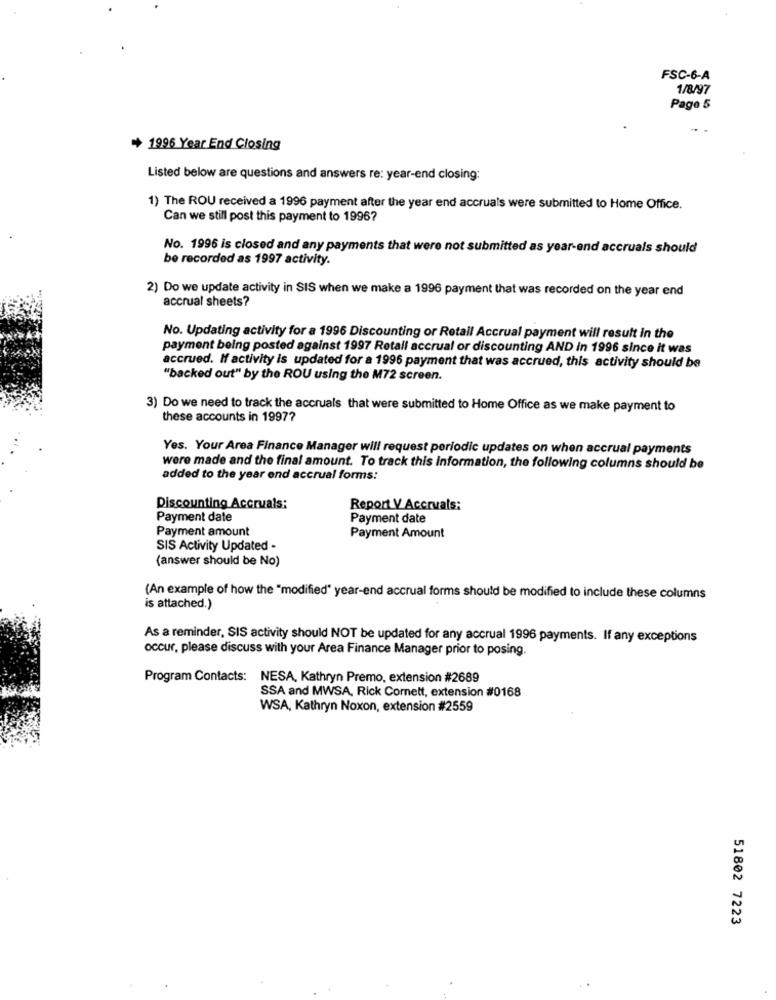
FSC-6-A
1/8/97
Page 5
+ 1996 Year End Closing
Listed below are questions and answers re: year-end closing:
1) The ROU received a 1996 payment after the year end accruals were submitted to Home Office.
Can we still post this payment to 1996?
No. 1996 is closed and any payments that were not submitted as year-end accruals should
be recorded as 1997 activity.
2) Do we update activity in SIS when we make a 1996 payment that was recorded on the year end
accrual sheets?
No. Updating activity for a 1996 Discounting or Retail Accrual payment will result in the
payment being posted against 1997 Retail accrual or discounting AND in 1996 since it was
accrued. If activity is updated for a 1996 payment that was accrued, this activity should be
"backed out" by the ROU using the M72 screen.
3) Do we need to track the accruals that were submitted to Home Office as we make payment to
these accounts in 1997?
Yes. Your Area Finance Manager will request periodic updates on when accrual payments
were made and the final amount. To track this information, the following columns should be
added to the year end accrual forms:
Discounting Accruals:
Report V Accruals:
Payment date
Payment date
Payment amount
Payment Amount
SIS Activity Updated -
(answer should be No)
(An example of how the "modified" year-end accrual forms should be modified to include these columns
is attached.)
As a reminder, SIS activity should NOT be updated for any accrual 1996 payments. If any exceptions
occur, please discuss with your Area Finance Manager prior to posing.
Program Contacts: NESA, Kathryn Premo, extension #2689
SSA and MWSA, Rick Cornett, extension #0168
WSA, Kathryn Noxon, extension #2559
51802 7223